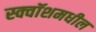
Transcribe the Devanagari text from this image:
स्क्वॉशमधील